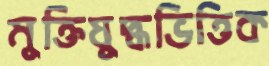
মুক্তিযুদ্ধভিত্তিক